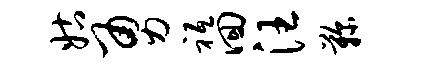
姑勇祗回汪鞠